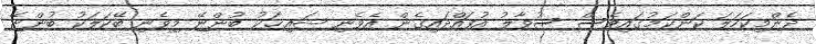
ދެންމިކަހަލަ ކަންކަމުގައިވެސް ސުވާލު އުފައްދައިގެން އެވެނި ޝައިޚަކު ބުންޏޭ މިވެނި ބޭކަލަކު ބުންޏޭ